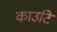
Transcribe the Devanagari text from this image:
काउटि